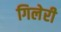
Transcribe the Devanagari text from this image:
गिलेरी